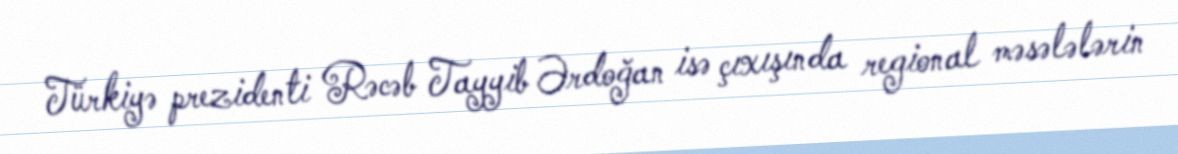
Türkiyə prezidenti Rəcəb Tayyib Ərdoğan isə çıxışında regional məsələlərin